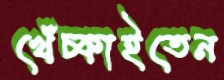
খেঁচ্‌কাইতেন